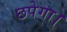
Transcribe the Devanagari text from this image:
छपेगा।